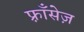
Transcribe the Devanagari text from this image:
फ़्राँसेज़